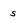
Character: s